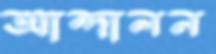
আন্দালন